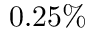
0 . 2 5 \%